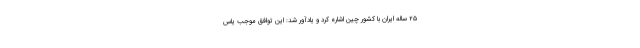
۲۵ ساله ایران با کشور چین اشاره کرد و یادآور شد: این توافق موجب یاس